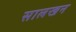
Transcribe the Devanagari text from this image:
सालखन